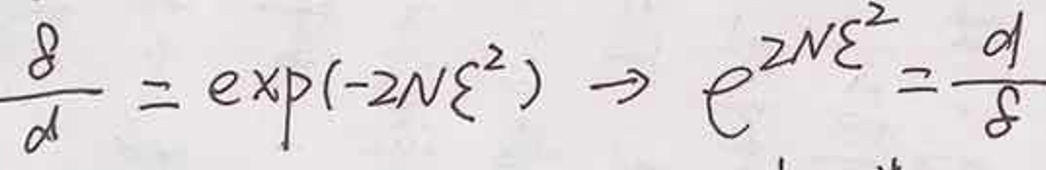
\[
\frac{\delta}{d}=\exp(-2N\xi^{2})\rightarrow e^{2N\xi^{2}}=\frac{d}{\delta}
\]